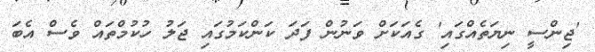
'ޖިންސީ ނިޔަތެއްގައި' ގެއަކަށް ވަނުން ފަދަ ކަންކަމުގައި ޖަލު ހުކުމްތައް ވެސް އެބަ